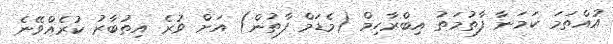
އުއްތަމަ ކަމަނާ ފާތުމަތު އިބްރާހިމް (މެޑަމް ފާތުން) އަށް ވުރެ އިތުބާރު ކުރެއްވޭނެ